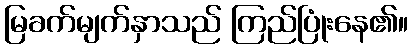
မြခက်မျက်နှာသည် ကြည်ပြုံးနေ၏။